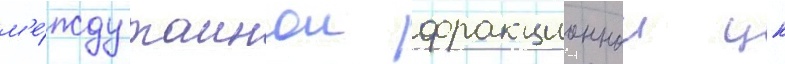
м'е́жду таинои фракционнои цк